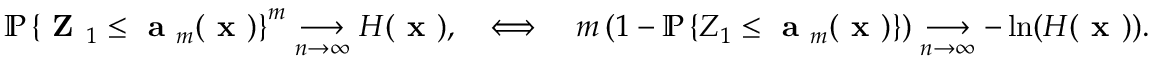
\mathbb { P } \left\{ \textbf { Z } _ { 1 } \leq \textbf { a } _ { m } ( \textbf { x } ) \right\} ^ { m } \underset { n \rightarrow \infty } { \longrightarrow } H ( \textbf { x } ) , \quad \Longleftrightarrow \quad m \left( 1 - \mathbb { P } \left\{ Z _ { 1 } \leq \textbf { a } _ { m } ( \textbf { x } ) \right\} \right) \underset { n \rightarrow \infty } { \longrightarrow } - \ln ( H ( \textbf { x } ) ) .